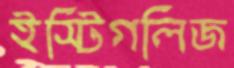
ইস্টিগলিজ